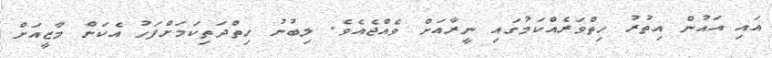
އައި އައުން އިތުރު ހިތްވަރެއްކަމުގައި ނީރާއަށް ވެއްޖެއެވެ. ލިބުނު ހިތްދަތިކަމަށްފަހު އެކަން މާޒީއަށް